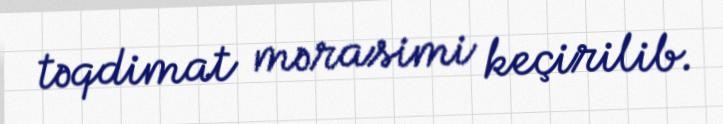
təqdimat mərasimi keçirilib.